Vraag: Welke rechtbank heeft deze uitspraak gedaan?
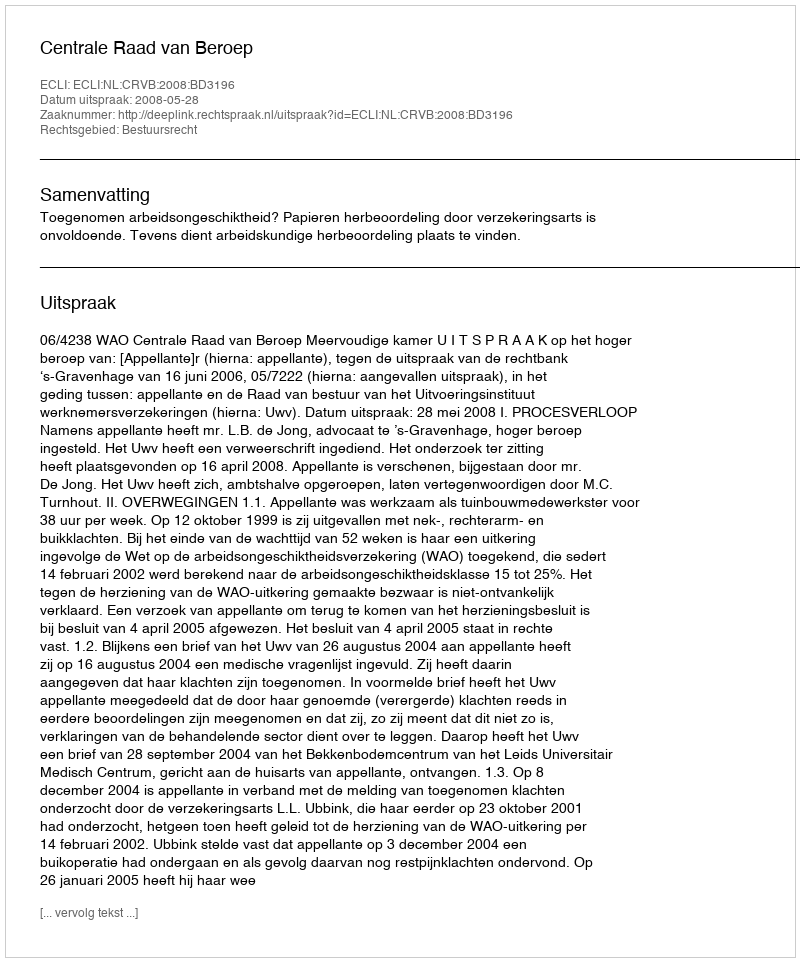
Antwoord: Centrale Raad van Beroep